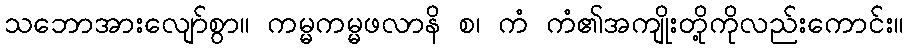
သဘောအားလျော်စွာ။ ကမ္မကမ္မဖလာနိ စ၊ ကံ ကံ၏အကျိုးတို့ကိုလည်းကောင်း။